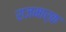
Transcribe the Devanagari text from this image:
राजमार्क